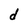
Character: d